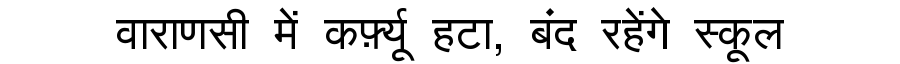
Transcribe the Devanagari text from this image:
वाराणसी में कर्फ़्यू हटा, बंद रहेंगे स्कूल